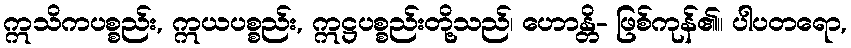
ဣသိကပစ္စည်း, ဣယပစ္စည်း, ဣဋ္ဌပစ္စည်းတို့သည်၊ ဟောန္တိ- ဖြစ်ကုန်၏။ ပါပတရော,